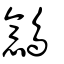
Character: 鷾